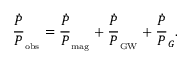
\frac { \dot { P } } { P } _ { _ \mathrm { o b s } } = \frac { \dot { P } } { P } _ { _ \mathrm { m a g } } + \frac { \dot { P } } { P } _ { _ \mathrm { G W } } + \frac { \dot { P } } { P } _ { G } .